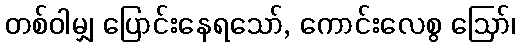
တစ်ဝါမျှ ပြောင်းနေရသော်, ကောင်းလေစွ ဩော်၊